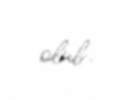
olub.